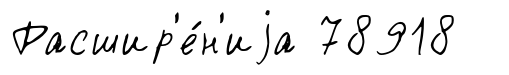
Расшир'е́н'иjа 78918